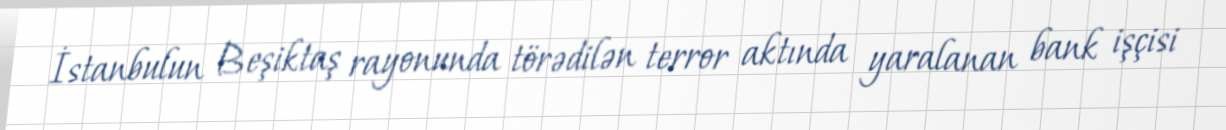
İstanbulun Beşiktaş rayonunda törədilən terror aktında yaralanan bank işçisi